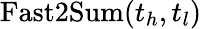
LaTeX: \mathrm{Fast2Sum}(t_{h},t_{l})